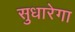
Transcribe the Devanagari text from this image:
सुधारेगा